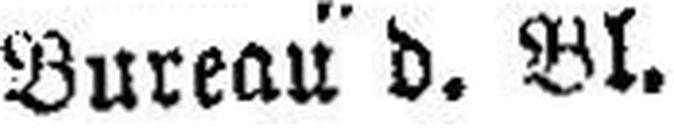
Bureau d. Bl.